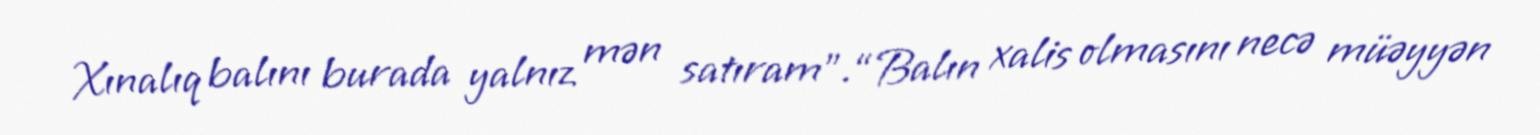
Xınalıq balını burada yalnız mən satıram”.“Balın xalis olmasını necə müəyyən